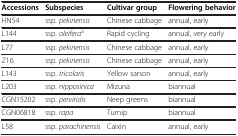
<table><thead><tr><td><b>Accessions</b></td><td><b>Subspecies</b></td><td><b>Cultivar group</b></td><td><b>Flowering behavior</b></td></tr></thead><tbody><tr><td>HN54</td><td>ssp. <i>pekinensis</i></td><td>Chinese cabbage</td><td>annual, early</td></tr><tr><td>L144</td><td>ssp. <i>oleifera</i><sup>a</sup></td><td>Rapid cycling</td><td>annual, very early</td></tr><tr><td>L77</td><td>ssp. <i>pekinensis</i></td><td>Chinese cabbage</td><td>annual, early</td></tr><tr><td>Z16</td><td>ssp. <i>pekinensis</i></td><td>Chinese cabbage</td><td>annual, early</td></tr><tr><td>L143</td><td>ssp. <i>tricolaris</i></td><td>Yellow sarson</td><td>annual, early</td></tr><tr><td>L203</td><td>ssp. <i>nipposinica</i></td><td>Mizuna</td><td>biannual</td></tr><tr><td>CGN15202</td><td>ssp. <i>perviridis</i></td><td>Neep greens</td><td>biannual</td></tr><tr><td>CGN06818</td><td>ssp. <i>rapa</i></td><td>Turnip</td><td>biannual</td></tr><tr><td>L58</td><td>ssp. <i>parachinensis</i></td><td>Caixin</td><td>annual, early</td></tr></tbody></table>